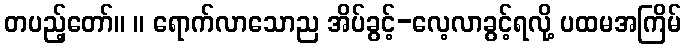
တပည့်တော်။ ။ ရောက်လာသောည အိပ်ခွင့်-လေ့လာခွင့်ရလို့ ပထမအကြိမ်